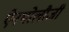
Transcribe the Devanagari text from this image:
ऐनथोलौजी